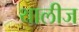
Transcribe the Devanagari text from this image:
थालीज